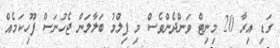
ގަޑި އިރާ 20 މިނިޓް ވަންދެންވެސް މި ފިލްމު ބަލާލަން ޖެހުނަސް ފޫހިކަމެއް